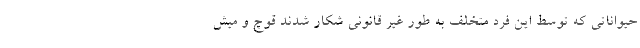
حیواناتی که توسط این فرد متخلف به طور غیر قانونی شکار شدند قوچ و میش